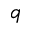
q